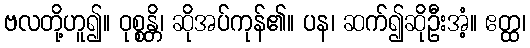
ဗလတို့ဟူ၍။ ဝုစ္စန္တိ၊ ဆိုအပ်ကုန်၏။ ပန၊ ဆက်၍ဆိုဦးအံ့။ ဧတ္ထ၊